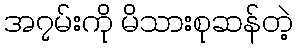
အ၇မ်းကို မိသားစုဆန်တဲ့